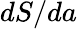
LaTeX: dS/da